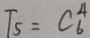
T _ { 5 } = C _ { 6 } ^ { 4 }